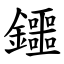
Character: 鑩